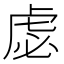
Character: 虙